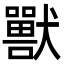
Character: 獸